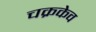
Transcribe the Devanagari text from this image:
चक्रकेव